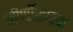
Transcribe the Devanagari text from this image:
जीर्णोद्धारक